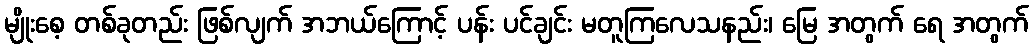
မျိုးစေ့ တစ်ခုတည်း ဖြစ်လျက် အဘယ်ကြောင့် ပန်း ပင်ချင်း မတူကြလေသနည်း၊ မြေ အတွက် ရေ အတွက်